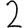
Digit: 2